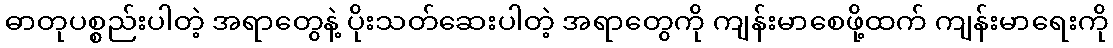
ဓာတုပစ္စည်းပါတဲ့ အရာတွေနဲ့ ပိုးသတ်ဆေးပါတဲ့ အရာတွေကို ကျန်းမာစေဖို့ထက် ကျန်းမာရေးကို